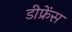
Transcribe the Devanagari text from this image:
डीफ्रेंस